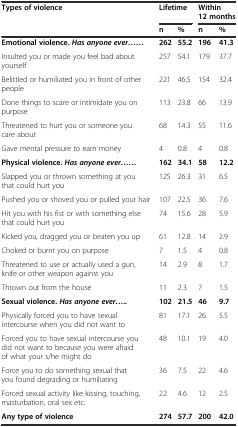
| <ROWSPAN=2> Types of violence | <COLSPAN=2> Lifetime | <COLSPAN=2> Within 12 months |
 | n | % | n | % |
 | --- | --- | --- | --- | --- |
 | Emotional violence.Has anyone ever...... | 262 | 55.2 | 196 | 41.3 |
 | Insulted you or made you feel bad about yourself | 257 | 54.1 | 179 | 37.7 |
 | Belittled or humiliated you in front of other people | 221 | 46.5 | 154 | 32.4 |
 | Done things to scare or intimidate you on purpose | 113 | 23.8 | 66 | 13.9 |
 | Threatened to hurt you or someone you care about | 68 | 14.3 | 55 | 11.6 |
 | Gave mental pressure to earn money | 4 | 0.8 | 4 | 0.8 |
 | Physical violence.Has anyone ever...... | 162 | 34.1 | 58 | 12.2 |
 | Slapped you or thrown something at you that could hurt you | 125 | 26.3 | 31 | 6.5 |
 | Pushed you or shoved you or pulled your hair | 107 | 22.5 | 36 | 7.6 |
 | Hit you with his fist or with something else that could hurt you | 74 | 15.6 | 28 | 5.9 |
 | Kicked you, dragged you or beaten you up | 61 | 12.8 | 14 | 2.9 |
 | Choked or burnt you on purpose | 7 | 1.5 | 4 | 0.8 |
 | Threatened to use or actually used a gun, knife or other weapon against you | 14 | 2.9 | 8 | 1.7 |
 | Thrown out from the house | 11 | 2.3 | 7 | 1.5 |
 | Sexual violence.Has anyone ever..... | 102 | 21.5 | 46 | 9.7 |
 | Physically forced you to have sexual intercourse when you did not want to | 81 | 17.1 | 26 | 5.5 |
 | Forced you to have sexual intercourse you did not want to because you were afraid of what your s/he might do | 48 | 10.1 | 19 | 4.0 |
 | Force you to do something sexual that you found degrading or humiliating | 36 | 7.5 | 22 | 4.6 |
 | Forced sexual activity like kissing, touching, masturbation, oral sex etc. | 22 | 4.6 | 12 | 2.5 |
 | Any type of violence | 274 | 57.7 | 200 | 42.0 |